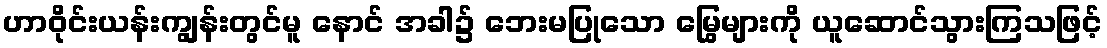
ဟာဝိုင်းယန်းကျွန်းတွင်မူ နောင် အခါ၌ ဘေးမပြုသော မြွေများကို ယူဆောင်သွားကြသဖြင့်